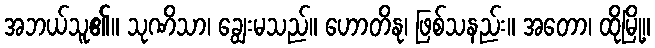
အဘယ်သူ၏။ သုဏိသာ၊ ချွေးမသည်။ ဟောတိနု၊ ဖြစ်သနည်း။ အတော၊ ထိုမြို့။